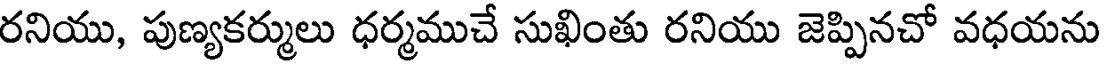
రనియు, పుణ్యకర్ములు ధర్మముచే సుఖింతు రనియు జెప్పినచో వధయను